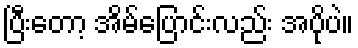
ပြီးတော့ အိမ်ပြောင်းလည်း အပိုပဲ။